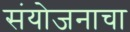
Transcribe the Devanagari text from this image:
संयोजनाचा